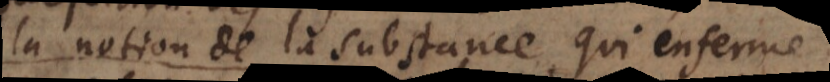
la notion de la substance qui enferme